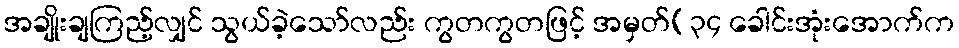
အချိုးချကြည့်လျှင် သွယ်ခဲ့သော်လည်း ကွတကွတဖြင့် အမှတ်(၃၄ ခေါင်းအုံးအောက်က